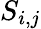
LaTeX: S_{i,j}